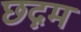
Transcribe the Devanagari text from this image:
छद्नम